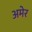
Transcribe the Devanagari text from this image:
अमेर